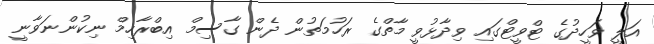
އަލީ ވަހީދުގެ ޓްވީޓްގައި ވިދާޅުވީ މާތްގެ ރަހުމަތުން ދެން ގާސިމް އިބްރާހިމް ނިކުންނަވާނީ